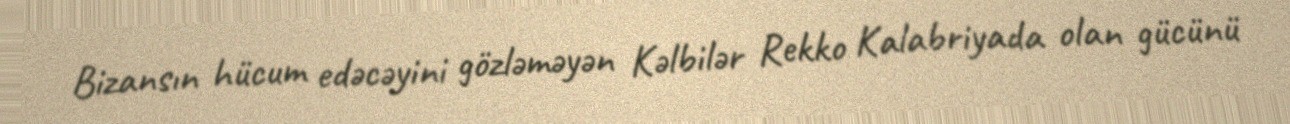
Bizansın hücum edəcəyini gözləməyən Kəlbilər Rekko Kalabriyada olan gücünü